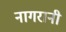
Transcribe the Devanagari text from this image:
नागरानी